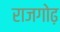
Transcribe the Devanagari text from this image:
राजगोढ़